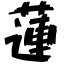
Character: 蓮